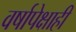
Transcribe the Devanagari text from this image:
वर्षापेक्षाही